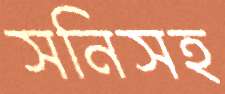
সনিসহ